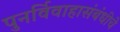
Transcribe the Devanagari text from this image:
पुनर्विवाहासंबंधीचे